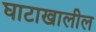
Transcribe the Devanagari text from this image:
घाटाखालील